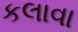
કલાવા